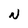
Character: N